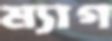
ম্যাগ